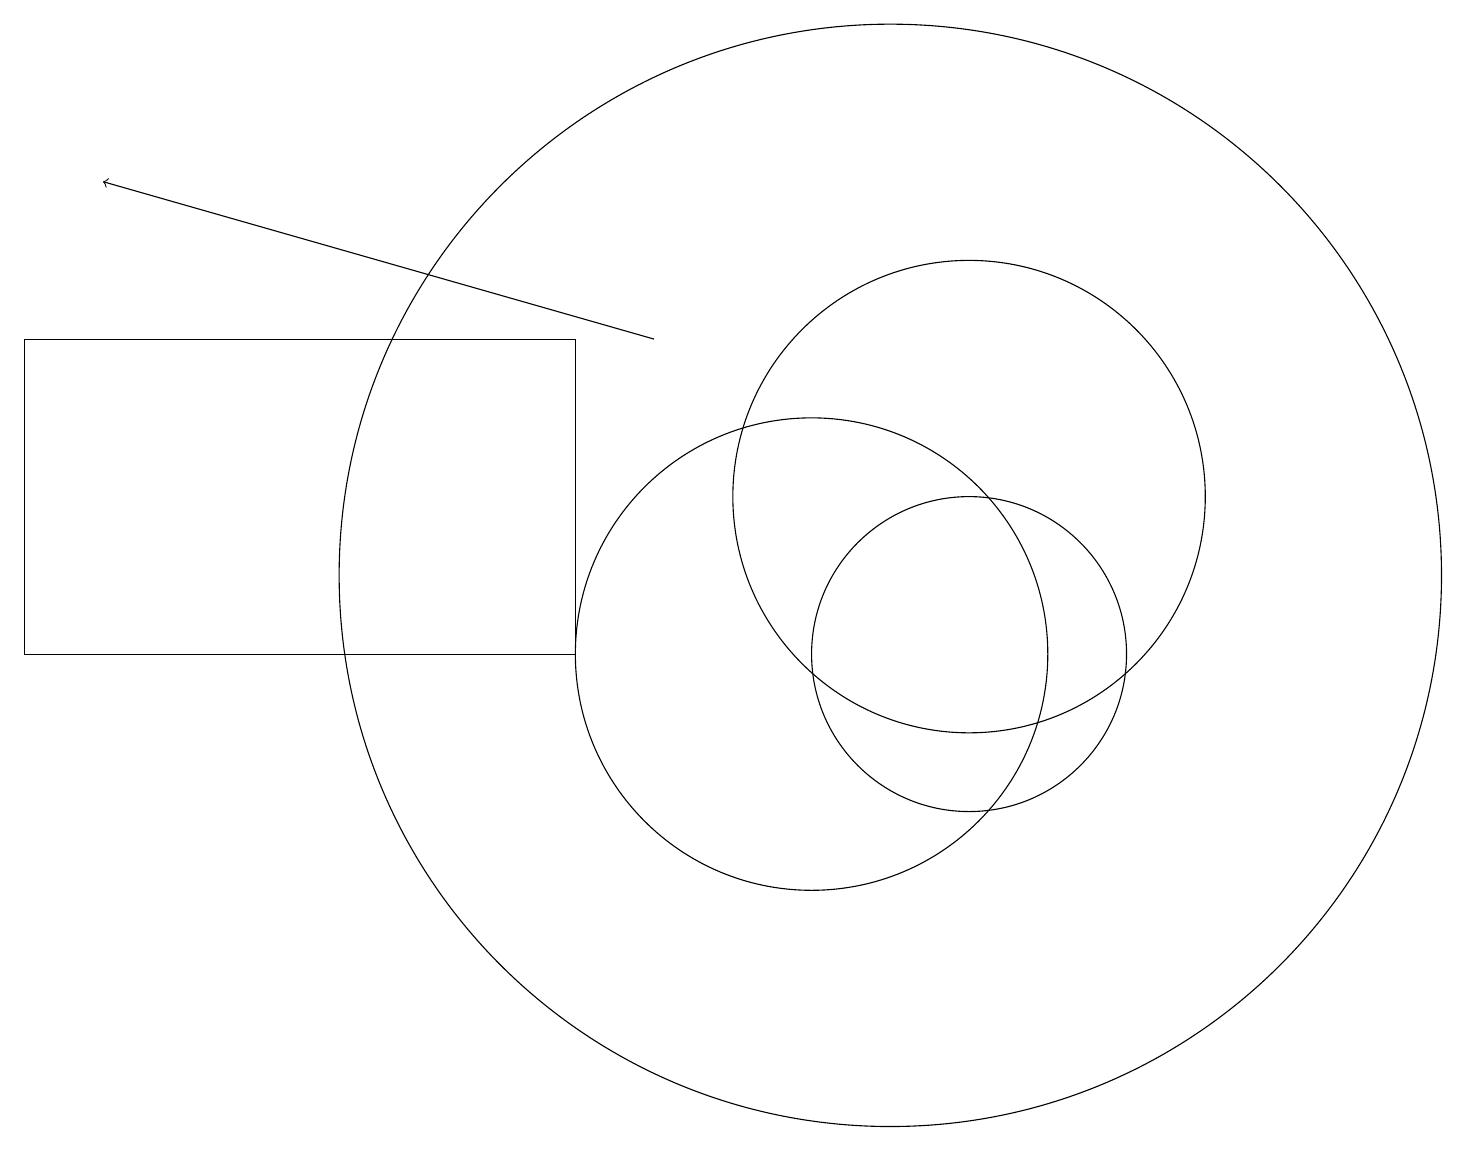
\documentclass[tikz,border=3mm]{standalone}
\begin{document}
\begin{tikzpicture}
\draw (7,10) rectangle (0,14);
\draw (10,10) circle (3);
\draw (12,10) circle (2);
\draw (12,12) circle (3);
\draw (11,11) circle (7);
\draw[->] (8,14) -- (1,16);
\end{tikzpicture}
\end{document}